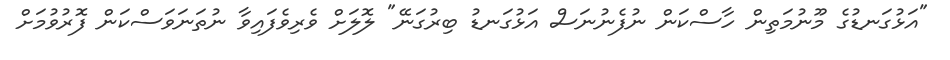
"އަޅުގަނޑުގެ މޫނުމަތިން ހާސްކަން ނުފެނުނަސް އަޅުގަނޑު ބިރުގަނޭ" ލޮލަށް ވެރިވެފައިވާ ނުތަނަވަސްކަން ފޮރުވުމަށް